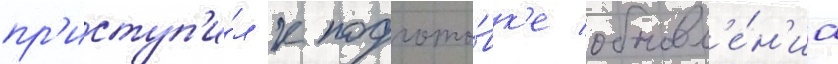
пр'иступ'и́л к подгото́вк'е обновл'е́н'иа